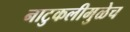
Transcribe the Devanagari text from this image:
नाटुकलीमुळेच